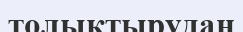
толықтырудан